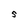
Character: 5